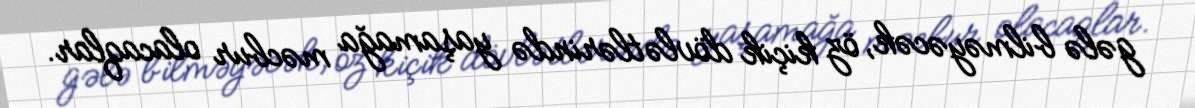
gələ bilməyəcək, öz kiçik dövlətlərində yaşamağa məcbur olacaqlar.